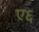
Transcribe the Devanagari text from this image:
ए६